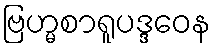
ဗြဟ္မစာရူပဒ္ဒဝေန